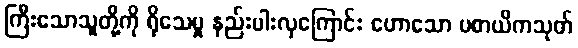
ကြီးသောသူတို့ကို ရိုသေမှု နည်းပါးလှကြောင်း ဟောသော ပစာယိကသုတ်